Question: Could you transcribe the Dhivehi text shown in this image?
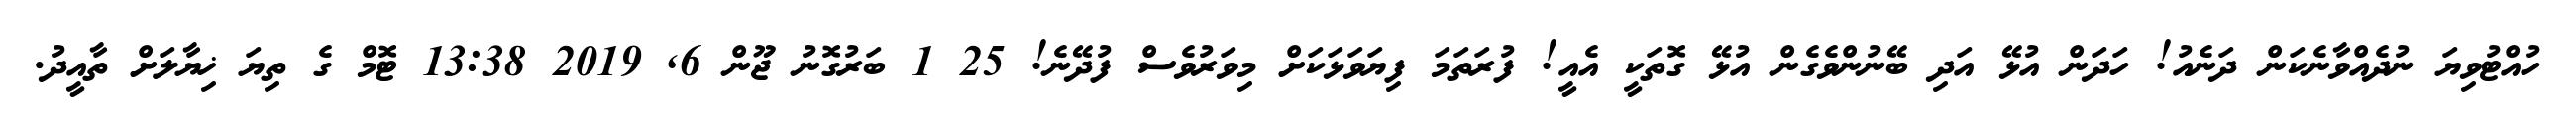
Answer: ހުއްޓުވިޔަ ނުދެއްވާނެކަން ދަނެއު! ހަދަން އުޅޭ އަދި ބޭނުންވެގެން އުޅޭ ގޮތަކީ އެއީ! ފުރަތަމަ ފިޔަވަޅަކަށް މިވަރުވެސް ފުދޭނެ! 25 1 ބަރުގޮނު ޖޫން 6, 2019 13:38 ޓޮމް ގެ ތިޔަ ޚިޔާލަށް ތާއީދު.